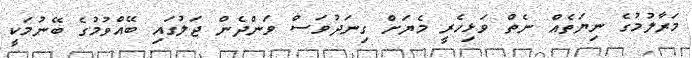
މަރާލުމުގެ ނިޔަތެއް ނެތް ވަޅިހެރީ މެޔަށް ގިނަދުވަސް ވަންދެން ޖަލުގައި ބޭއްވުމުގެ ބޭނުމަކީ